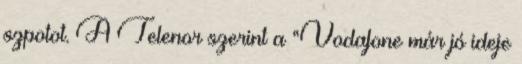
szpotot. A Telenor szerint a “Vodafone már jó ideje